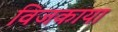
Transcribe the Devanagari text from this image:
विजकाया